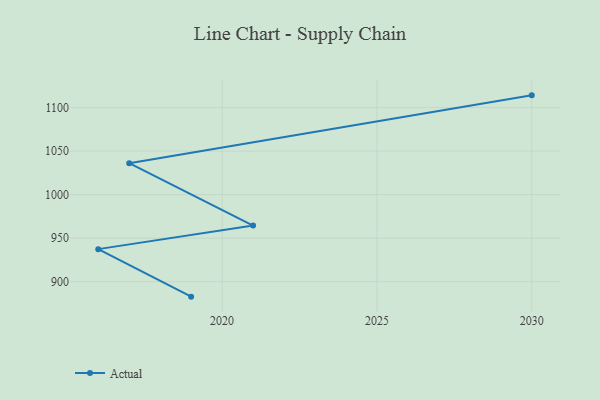
{"axis": {"x": "Year", "y": "Bounce Rate (%)"}, "legend": ["Actual"], "data": [{"x": "2019", "y": 882.8, "type": "Actual"}, {"x": "2016", "y": 937.4, "type": "Actual"}, {"x": "2021", "y": 964.5, "type": "Actual"}, {"x": "2017", "y": 1036.1, "type": "Actual"}, {"x": "2030", "y": 1114.1, "type": "Actual"}]}